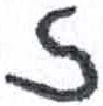
אות: ז